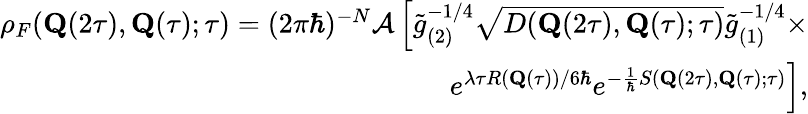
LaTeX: \begin{array}{r}{\rho_{F}(\mathbf{Q}(2\tau),\mathbf{Q}(\tau);\tau)=(2\pi\hbar)^{-N}{\cal A}\left[\tilde{g}_{(2)}^{-1/4}\sqrt{D(\mathbf{Q}(2\tau),\mathbf{Q}(\tau);\tau)}\tilde{g}_{(1)}^{-1/4}\times\right.}\\ {\left.e^{\lambda\tau R(\mathbf{Q}(\tau))/6\hbar}e^{-\frac{1}{\hbar}S(\mathbf{Q}(2\tau),\mathbf{Q}(\tau);\tau)}\right],}\end{array}